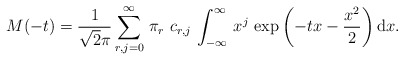
\begin{align*}M(-t)=\frac{1}{\sqrt 2\pi}\sum_{r,j=0}^\infty \,\pi_r\,\,c_{r,j}\,\int_{-\infty}^{\infty}\,x^{j}\,\exp\left(-t x-\frac{x^2}{2}\right)\mathrm{d}x.\end{align*}